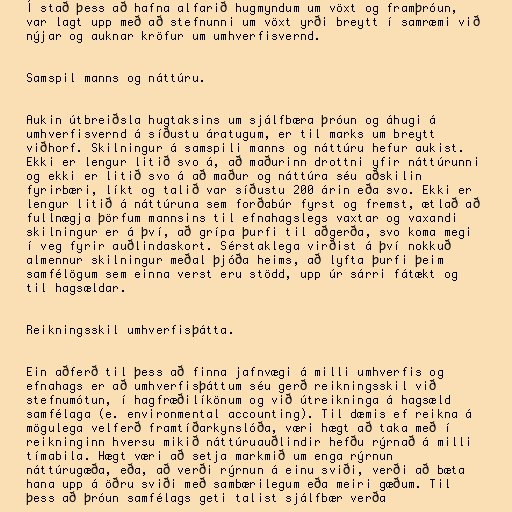
Í stað þess að hafna alfarið hugmyndum um vöxt og framþróun,
var lagt upp með að stefnunni um vöxt yrði breytt í samræmi við
nýjar og auknar kröfur um umhverfisvernd.

Samspil manns og náttúru.

Aukin útbreiðsla hugtaksins um sjálfbæra þróun og áhugi á
umhverfisvernd á síðustu áratugum, er til marks um breytt
viðhorf. Skilningur á samspili manns og náttúru hefur aukist.
Ekki er lengur litið svo á, að maðurinn drottni yfir náttúrunni
og ekki er litið svo á að maður og náttúra séu aðskilin
fyrirbæri, líkt og talið var síðustu 200 árin eða svo. Ekki er
lengur litið á náttúruna sem forðabúr fyrst og fremst, ætlað að
fullnægja þörfum mannsins til efnahagslegs vaxtar og vaxandi
skilningur er á því, að grípa þurfi til aðgerða, svo koma megi
í veg fyrir auðlindaskort. Sérstaklega virðist á því nokkuð
almennur skilningur meðal þjóða heims, að lyfta þurfi þeim
samfélögum sem einna verst eru stödd, upp úr sárri fátækt og
til hagsældar.

Reikningsskil umhverfisþátta.

Ein aðferð til þess að finna jafnvægi á milli umhverfis og
efnahags er að umhverfisþáttum séu gerð reikningsskil við
stefnumótun, í hagfræðilíkönum og við útreikninga á hagsæld
samfélaga (e. environmental accounting). Til dæmis ef reikna á
mögulega velferð framtíðarkynslóða, væri hægt að taka með í
reikninginn hversu mikið náttúruauðlindir hefðu rýrnað á milli
tímabila. Hægt væri að setja markmið um enga rýrnun
náttúrugæða, eða, að verði rýrnun á einu sviði, verði að bæta
hana upp á öðru sviði með sambærilegum eða meiri gæðum. Til
þess að þróun samfélags geti talist sjálfbær verða